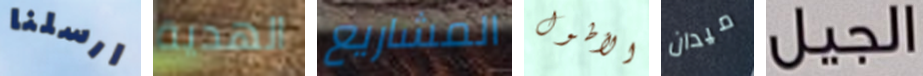
ارسلنا الهدية المشاريع الأطول ميدان الجيل